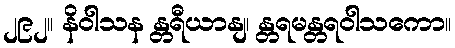
၂၉၂။ နိဝါသန န္တရီယာနျ၊ န္တရမန္တရဝါသကော။